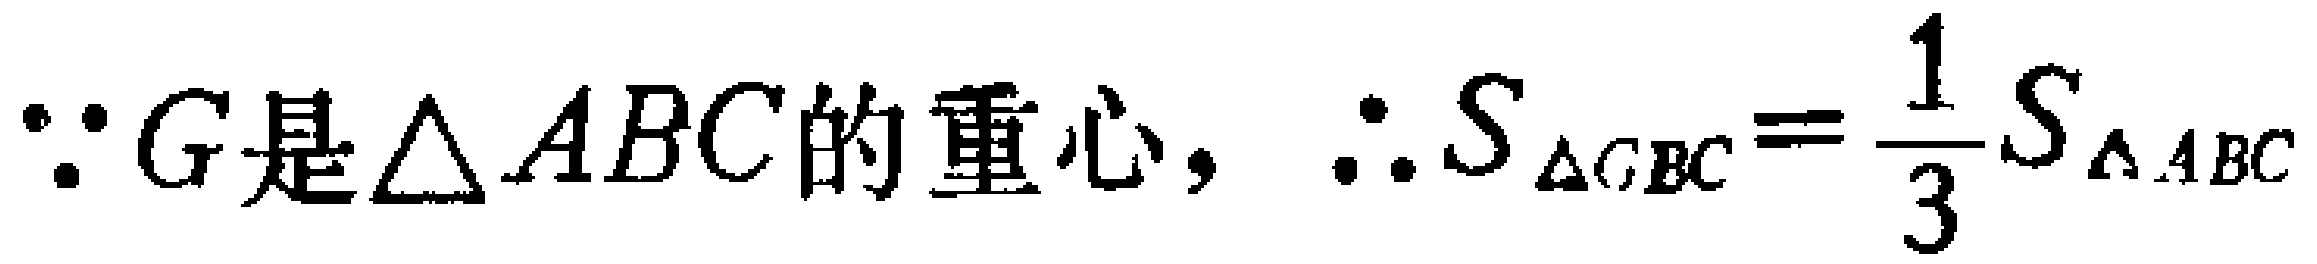
$\because G是\triangle ABC的重心，\therefore S_{\triangle GBC}=\dfrac{1}{3}S_{\triangle ABC}$